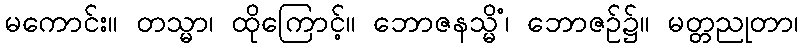
မကောင်း။ တသ္မာ၊ ထိုကြောင့်။ ဘောဇနသ္မိံ၊ ဘောဇဉ်၌။ မတ္တညုတာ၊